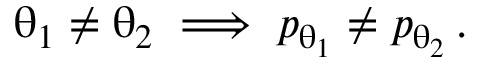
\uptheta _ { 1 } \neq \uptheta _ { 2 } \implies p _ { \uptheta _ { 1 } } \neq p _ { \uptheta _ { 2 } } \, .